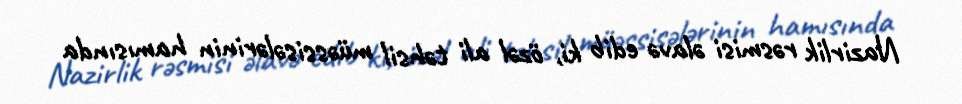
Nazirlik rəsmisi əlavə edib ki, özəl ali təhsil müəssisələrinin hamısında